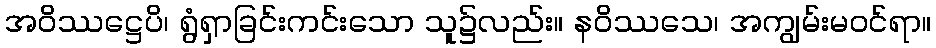
အဝိဿဋ္ဌေပိ၊ ရွံရှာခြင်းကင်းသော သူ၌လည်း။ နဝိဿသေ၊ အကျွမ်းမဝင်ရာ။